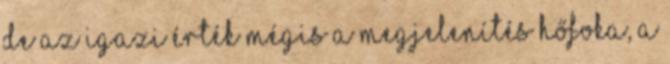
de az igazi érték mégis a megjelenítés hőfoka, a